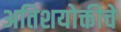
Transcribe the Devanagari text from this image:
अतिशयोक्तीचे